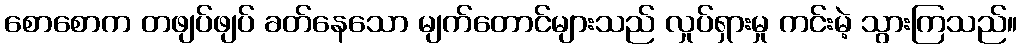
စောစောက တဖျပ်ဖျပ် ခတ်နေသော မျက်တောင်များသည် လှုပ်ရှားမှု ကင်းမဲ့ သွားကြသည်။